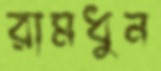
রামধুন